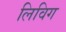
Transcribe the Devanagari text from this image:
लिविग